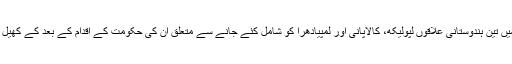
انہوں نےکہا کہ نیپال کے نئے سیاسی نقشے میں تین ہندوستانی علاقوں لپولیکھ، کالاپانی اور لمپیادھرا کو شامل کئے جانے سے متعلق ان کی حکومت کے اقدام کے بعد کے کھیل میں کچھ نیپالی لیڈر بھی ملوث پائے گئے ہیں۔